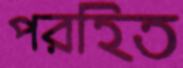
পরহিত